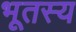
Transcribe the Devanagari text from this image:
भूतस्य